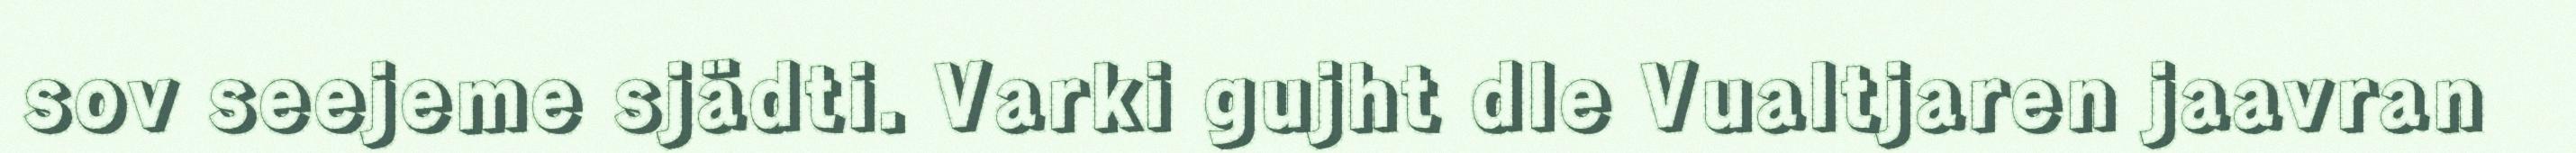
sov seejeme sjädti. Varki gujht dle Vualtjaren jaavran